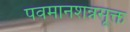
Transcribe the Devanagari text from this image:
पवमानशन्नसूक्त